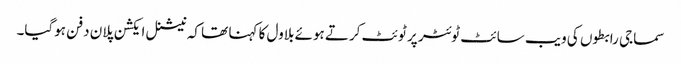
سماجی رابطوں کی ویب سائٹ ٹوئٹر پر ٹوئٹ کرتے ہوئے بلاول کا کہنا تھا کہ نیشنل ایکشن پلان دفن ہوگیا۔